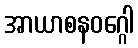
အာယာစနဝဂ္ဂေါ